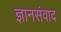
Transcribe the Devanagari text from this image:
ज्ञानसंवाद